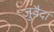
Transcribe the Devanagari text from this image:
जुवैदा